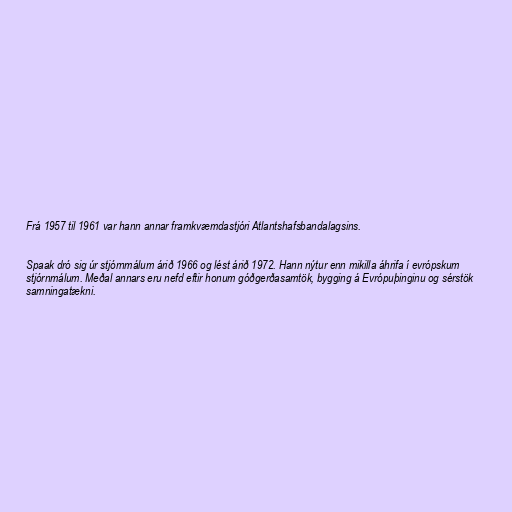
Frá 1957 til 1961 var hann annar framkvæmdastjóri Atlantshafsbandalagsins.

Spaak dró sig úr stjórnmálum árið 1966 og lést árið 1972. Hann nýtur enn mikilla áhrifa í evrópskum
stjórnmálum. Meðal annars eru nefd eftir honum góðgerðasamtök, bygging á Evrópuþinginu og sérstök
samningatækni.